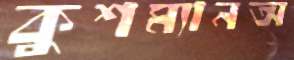
কুশম্যানঅ